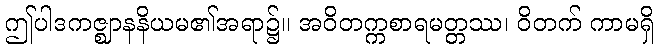
ဤပါဒကဇ္ဈာနနိယမ၏အရာ၌။ အဝိတက္ကစာရမတ္တဿ၊ ဝိတက် ကာမရှိ